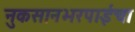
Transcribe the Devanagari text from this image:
नुकसानभरपाईचा